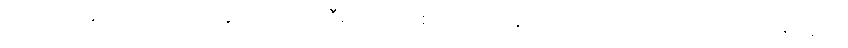
ဒေါက်တာမိက ဝိတ်ကလေးနှင့် ကစားဖို့ ညီမလေး တစ်ယောက် ယူလာတယ် သိလား၊ ကောင်ကောင်း နေရင်